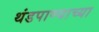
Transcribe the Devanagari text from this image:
थंडपाण्याच्या